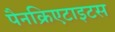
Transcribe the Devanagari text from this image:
पैनक्रिएटाइटस